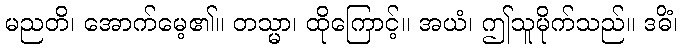
မညတိ၊ အောက်မေ့၏။ တသ္မာ၊ ထိုကြောင့်။ အယံ၊ ဤသူမိုက်သည်။ ဒဓိံ၊